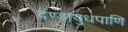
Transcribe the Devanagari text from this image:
दण्डायुधपाणि